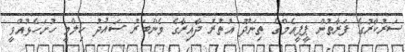
ސަރުކާރުގެ ފަރާތުން ޕީޕީއެމްގެ ތިނަދޫ އުތުުރު ދާއިރާގެ މެންބަރު ސައުދު ހިލްމީ ހުށަހެޅުއްވީ